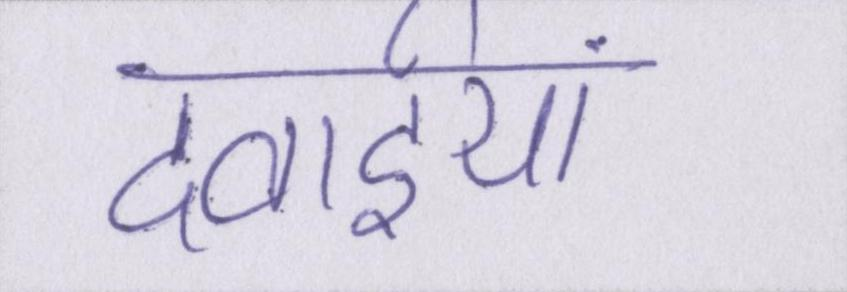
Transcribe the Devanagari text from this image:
दवाईयां